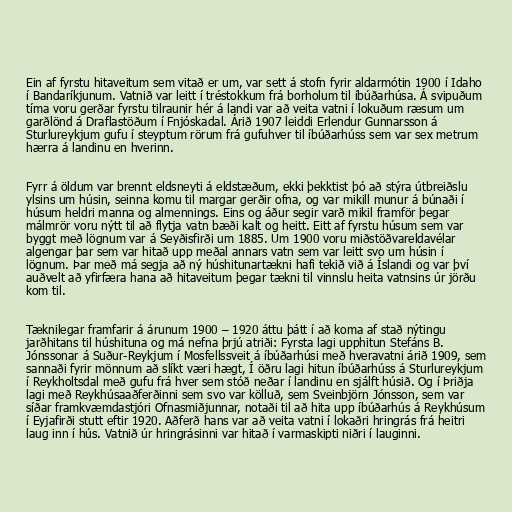
Ein af fyrstu hitaveitum sem vitað er um, var sett á stofn fyrir aldarmótin 1900 í Idaho
í Bandaríkjunum. Vatnið var leitt í tréstokkum frá borholum til íbúðarhúsa. Á svipuðum
tíma voru gerðar fyrstu tilraunir hér á landi var að veita vatni í lokuðum ræsum um
garðlönd á Draflastöðum í Fnjóskadal. Árið 1907 leiddi Erlendur Gunnarsson á
Sturlureykjum gufu í steyptum rörum frá gufuhver til íbúðarhúss sem var sex metrum
hærra á landinu en hverinn.

Fyrr á öldum var brennt eldsneyti á eldstæðum, ekki þekktist þó að stýra útbreiðslu
ylsins um húsin, seinna komu til margar gerðir ofna, og var mikill munur á búnaði í
húsum heldri manna og almennings. Eins og áður segir varð mikil framför þegar
málmrör voru nýtt til að flytja vatn bæði kalt og heitt. Eitt af fyrstu húsum sem var
byggt með lögnum var á Seyðisfirði um 1885. Um 1900 voru miðstöðvareldavélar
algengar þar sem var hitað upp meðal annars vatn sem var leitt svo um húsin í
lögnum. Þar með má segja að ný húshitunartækni hafi tekið við á Íslandi og var því
auðvelt að yfirfæra hana að hitaveitum þegar tækni til vinnslu heita vatnsins úr jörðu
kom til.

Tæknilegar framfarir á árunum 1900 – 1920 áttu þátt í að koma af stað nýtingu
jarðhitans til húshituna og má nefna þrjú atriði: Fyrsta lagi upphitun Stefáns B.
Jónssonar á Suður-Reykjum í Mosfellssveit á íbúðarhúsi með hveravatni árið 1909, sem
sannaði fyrir mönnum að slíkt væri hægt, Í öðru lagi hitun íbúðarhúss á Sturlureykjum
í Reykholtsdal með gufu frá hver sem stóð neðar í landinu en sjálft húsið. Og í Þriðja
lagi með Reykhúsaaðferðinni sem svo var kölluð, sem Sveinbjörn Jónsson, sem var
síðar framkvæmdastjóri Ofnasmiðjunnar, notaði til að hita upp íbúðarhús á Reykhúsum
í Eyjafirði stutt eftir 1920. Aðferð hans var að veita vatni í lokaðri hringrás frá heitri
laug inn í hús. Vatnið úr hringrásinni var hitað í varmaskipti niðri í lauginni.